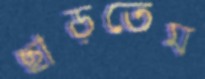
ছাড়তেম